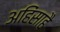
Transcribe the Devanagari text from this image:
अहिंसाहै